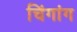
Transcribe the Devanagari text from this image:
चिंगांग